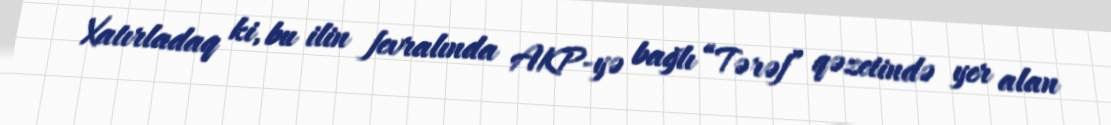
Xatırladaq ki, bu ilin fevralında AKP-yə bağlı “Tərəf” qəzetində yer alan